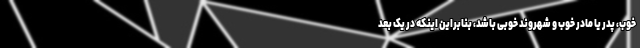
خوب، پدر یا مادر خوب و شهروند خوبی باشد، بنابراین اینکه در یک بُعد